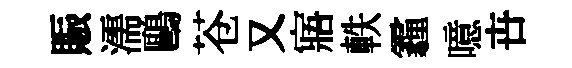
賑濡鷗苍又寤軼霾噫卋